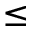
\le